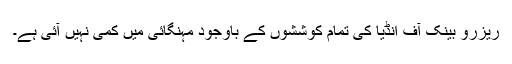
ریزرو بینک آف انڈیا کی تمام کوششوں کے باوجود مہنگائی میں کمی نہیں آئی ہے۔